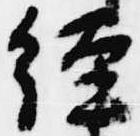
経